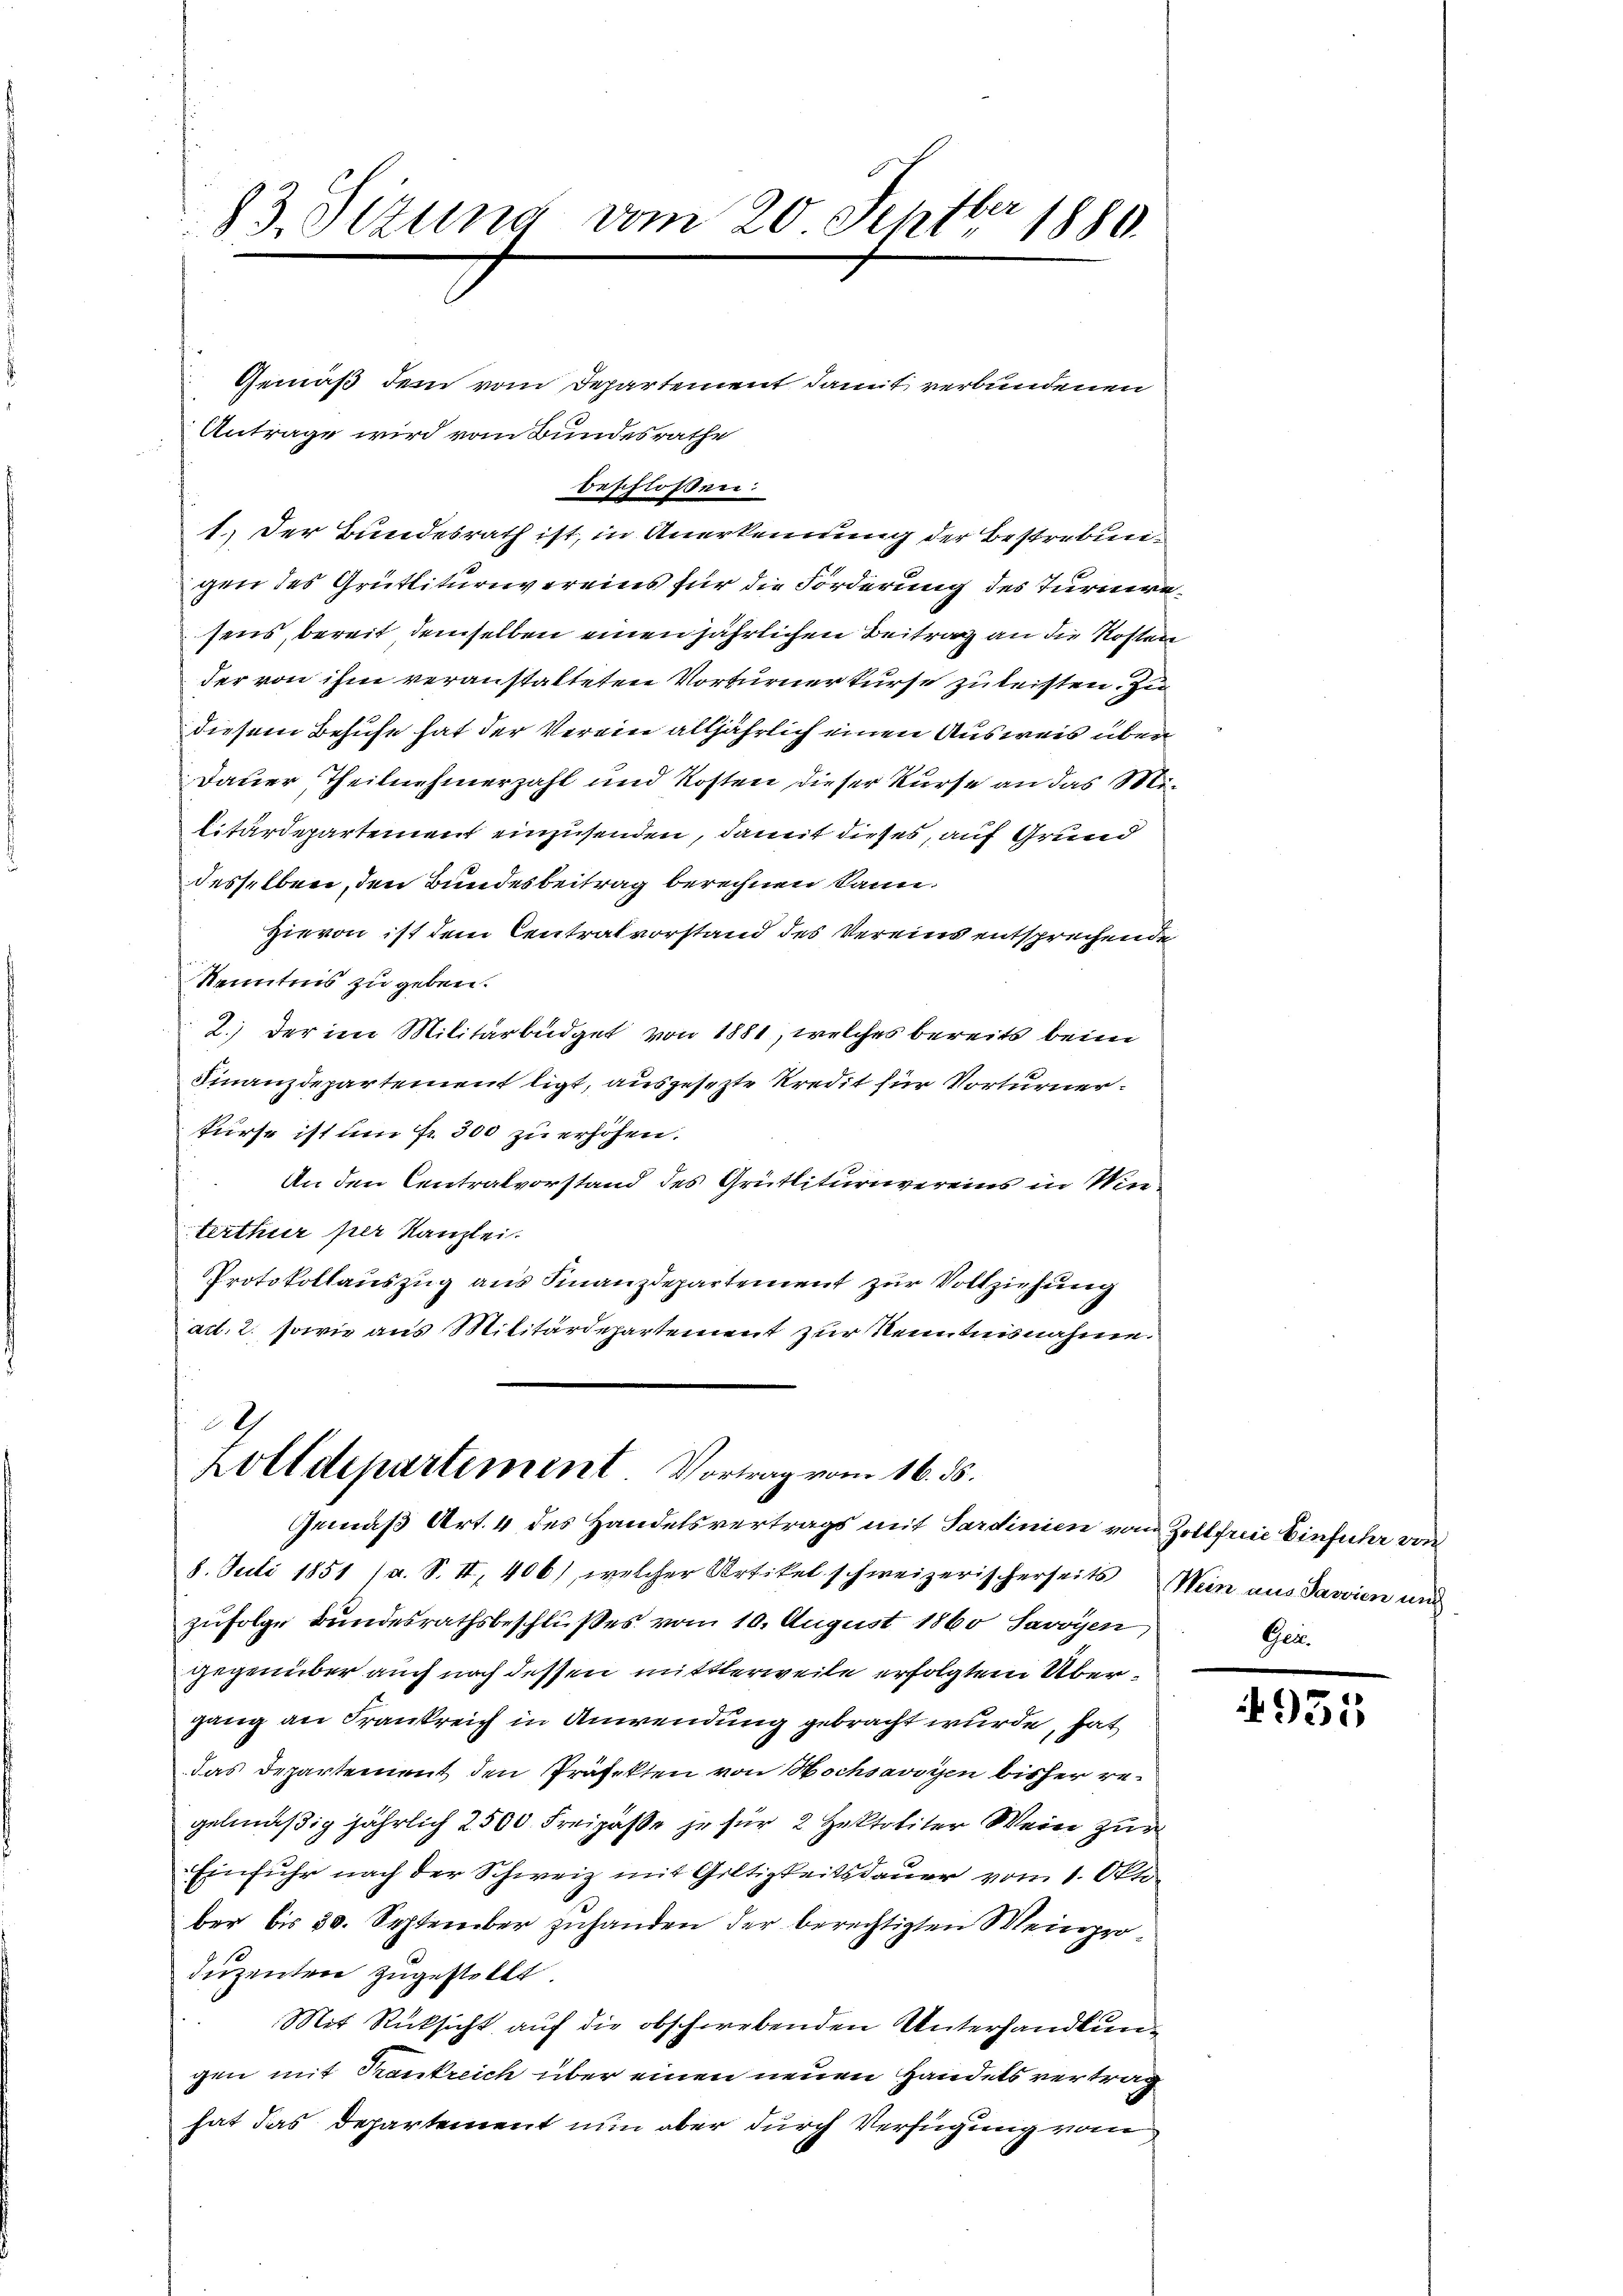
83. Sitzung vom 20 Septbr 1880.

Antrage wird vom Bundesrathe

beschlossen:
1.) Der Bundesrath ist, in Anerkennung der Bestrebungen des Grütliturnvereins für die Forderung des Turmansens, bereit, demselben einen jährlichen Beitrag an die Kosten
der von ihm veranstalteten Vorturner kurse zu leisten. Zu
diesem Behufe hat der Verein alljährlich einen Ausweis über
Dauer Theilnehmerzahl und Kosten dieser Kurse an das Mibitärdepartement einzusenden, damit dieses, auf Grund
desselben, den Bundesbeitrag berechnen kann.
Hievon ist dem Centralvorstand des Vereins entsprechende
Kenntnis zu geben.
2.) Der im Militärbüdget von 1881, welches bereits beim
Finanzdepartement ligt, ausgesezte Kredit für Vorturnerkurse ist um Fr. 300 zu erhöhen.
An den Centralvorstand des Grütliturnvereins in Wie
terthur per Kanzlei.
Protokollauszug aus Finanzdepartement zur Vollziehung
ad. 2. sowie aus Militärdepartement zur Kenntnisnahme.

Gemäß dem vom Departement damit verbundenen

8. Juli 1851 (a. S. II, 406), welcher Artikel schweizerischerseits Wein aus Javvien und
zufolge Bundesrathsbeschlußes vom 10. August 1860 Savoyen
gegenüber auch nach dessen mittlerweile erfolgtem Übergang an Frankreich in Anwendung gebracht wurde, hat
das Departement den Präfekten von Hochsavoyen bisher regelmäßig jährlich 2500 Freipäße je für 2 Zektoriter Wein zur
Einfuhr nach der Schweiz mit Gültigkeitsdauer vom 1. Okto
ber bis 30. September zuhanden der berechtigten Meinproduzenten zugestellt.
Mit Rücksicht auf die obschwebenden Unterhandlungen mit Trankreich über einen neuen Handels vertrag
hat das Departement nun aber durch Verfügung vom

2
Zolldepartement Vortrag vom 16. ds.
Gemäß Art. 4 des Handelsvertrags mit Sardinien von Zollfreie Einführ von

Ger.

4935